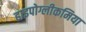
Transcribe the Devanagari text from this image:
हाइपोग्लीकमिया